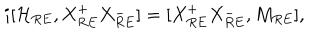
LaTeX: i [ { \cal H } _ { R E } , X _ { R E } ^ { + } X _ { R E } ^ { - } ] = [ X _ { R E } ^ { + } X _ { R E } ^ { - } , M _ { R E } ] ,